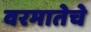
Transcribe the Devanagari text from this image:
वरमातेचे